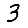
Digit: 3